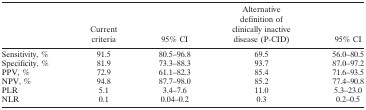
<table><thead><tr><td></td><td><b>Current criteria</b></td><td><b>95% CI</b></td><td><b>Alternative definition of clinically inactive disease (P‐CID)</b></td><td><b>95% CI</b></td></tr></thead><tbody><tr><td>Sensitivity, %</td><td>91.5</td><td>80.5–96.8</td><td>69.5</td><td>56.0–80.5</td></tr><tr><td>Specificity, %</td><td>81.9</td><td>73.3–88.3</td><td>93.7</td><td>87.0–97.2</td></tr><tr><td>PPV, %</td><td>72.9</td><td>61.1–82.3</td><td>85.4</td><td>71.6–93.5</td></tr><tr><td>NPV, %</td><td>94.8</td><td>87.7–98.0</td><td>85.2</td><td>77.4–90.8</td></tr><tr><td>PLR</td><td>5.1</td><td>3.4–7.6</td><td>11.0</td><td>5.3–23.0</td></tr><tr><td>NLR</td><td>0.1</td><td>0.04–0.2</td><td>0.3</td><td>0.2–0.5</td></tr></tbody></table>